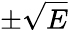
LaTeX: \pm\sqrt{E}